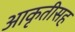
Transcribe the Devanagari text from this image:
आकृतीसह